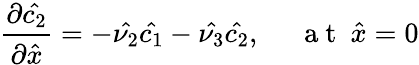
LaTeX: \frac{\partial\hat{c_{2}}}{\partial\hat{x}}=-\hat{\nu_{2}}\hat{c_{1}}-\hat{\nu_{3}}\hat{c_{2}},~~~~~\mathrm{~a~t~}~\hat{x}=0